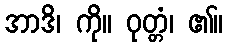
အာဒိ၊ ကို။ ဝုတ္တံ၊ ၏။